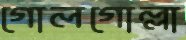
গোলগোল্লা